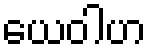
ယေဝါဟ